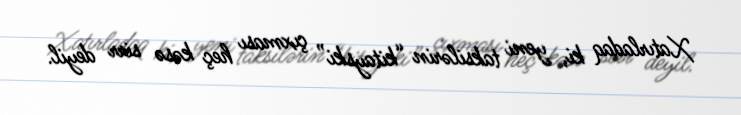
Xatırladaq ki, yeni taksilərin “kitayski” çıxması heç kəsə sirr deyil.